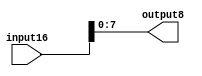
`timescale 1ns / 1ps

module Bit16_Bit8(
			input16,
			output8
    );
	 
input [15:0] input16;
output [7:0] output8;

assign output8[7] = input16[7];
assign output8[6] = input16[6];
assign output8[5] = input16[5];
assign output8[4] = input16[4];
assign output8[3] = input16[3];
assign output8[2] = input16[2];
assign output8[1] = input16[1];
assign output8[0] = input16[0];



endmodule